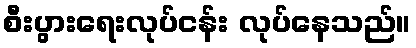
စီးပွားရေးလုပ်ငန်း လုပ်နေသည်။